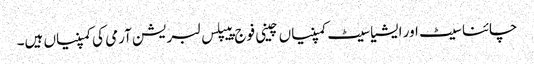
چائنا سیٹ اور ایشیا سیٹ کمپنیاں چینی فوج پیپلس لبریشن آرمی کی کمپنیاں ہیں۔